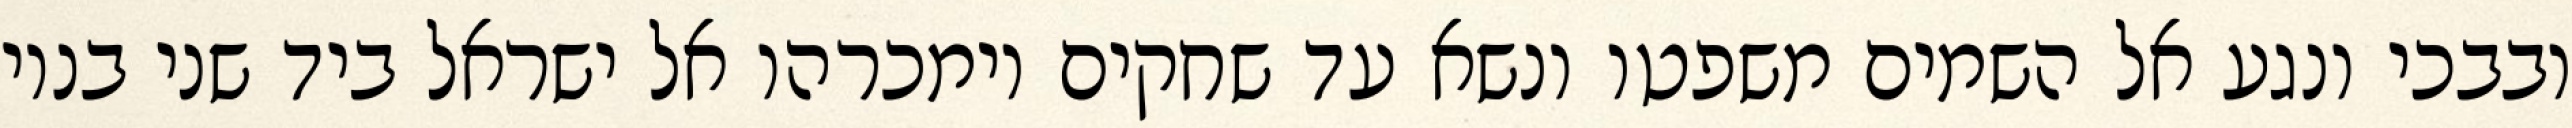
ובבכי ונגע אל השמים משפטו ונשא עד שחקים וימכרהו אל ישראל ביד שני בניו